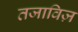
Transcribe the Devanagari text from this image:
तजाविज़